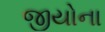
જીયોના